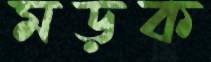
মড়ক